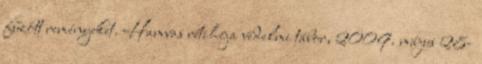
fűzött reményeket. Hamvas rétihéja védelmi tábor, 2009. május 28-